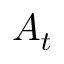
A _ { t }